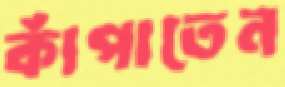
কাঁপাতেন